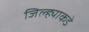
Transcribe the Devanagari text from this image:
जिल्ह्याकडे